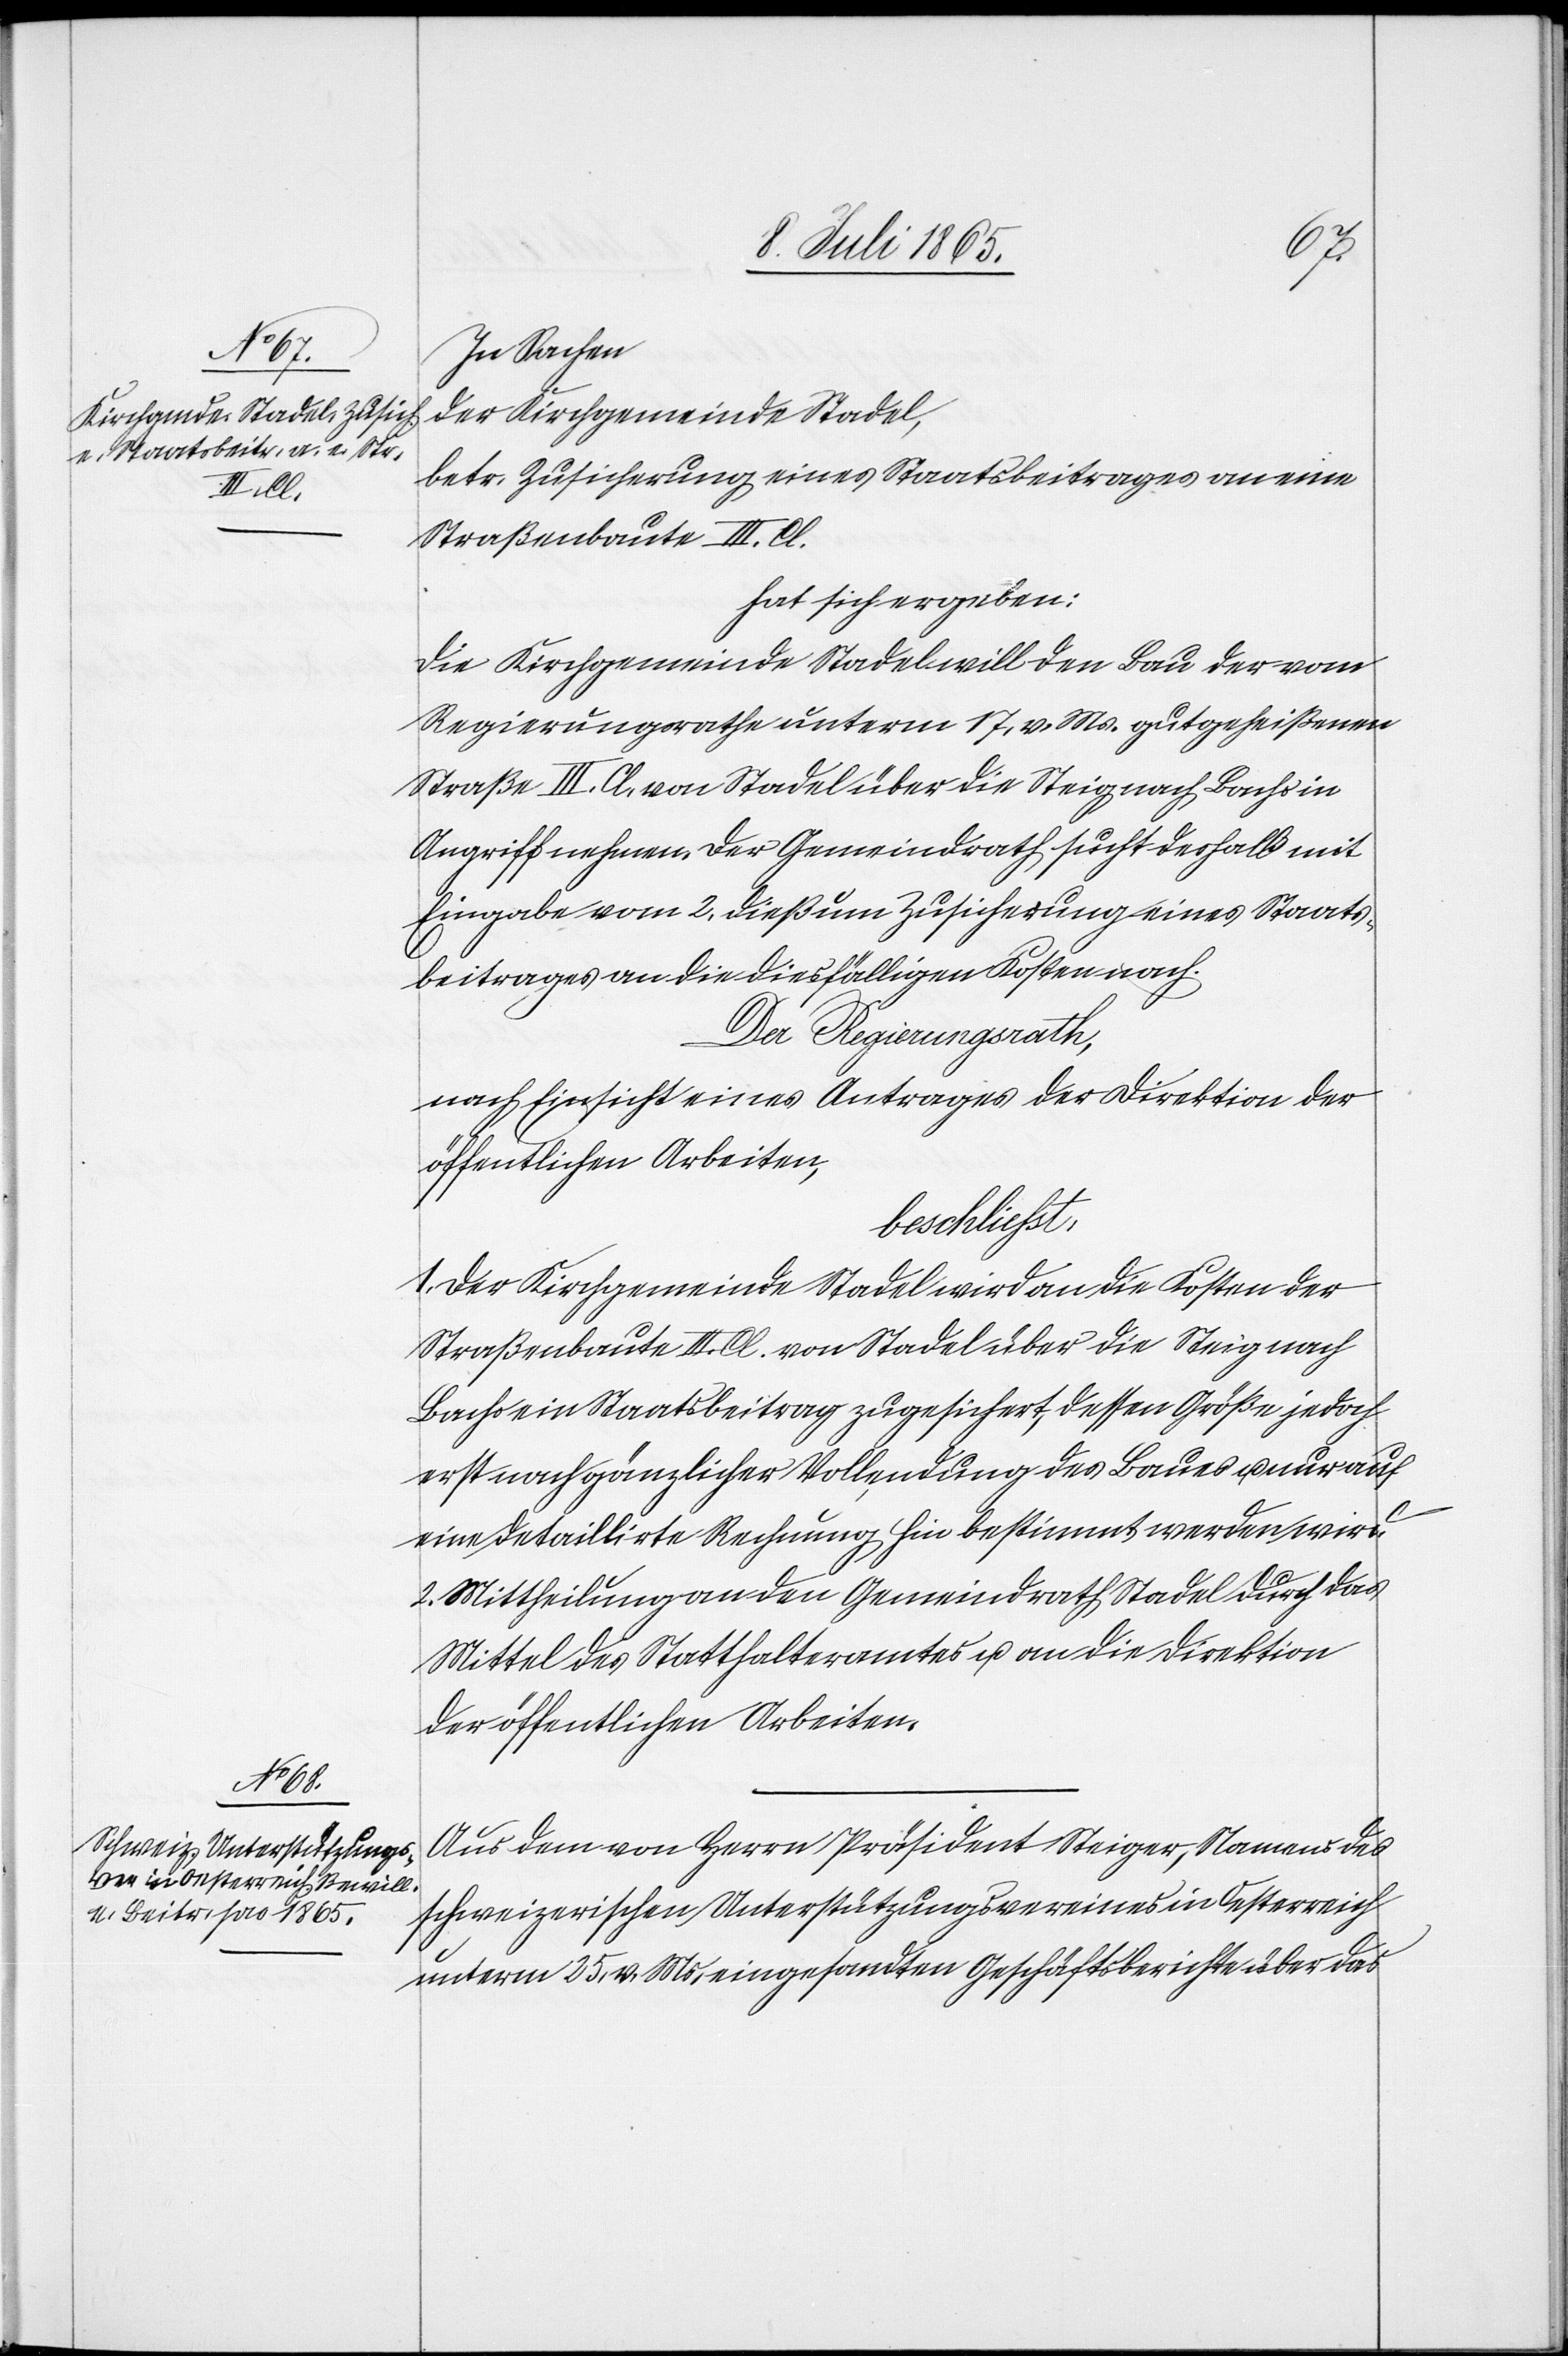
In Sachen
der Kirchgemeinde Stadel,
betr. Zusicherung eines Staatsbeitrages an eine
Straßenbaute III. Cl.
hat sich ergeben:
Die Kirchgemeinde Stadel will den Bau der vom
Regierungsrathe unterm 17. v. Ms. gutgeheißenen
Straße III. Cl. von Stadel über die Steig nach Bachs in
Angriff nehmen. Der Gemeindrath sucht deshalb mit
Eingabe vom 2. dieß um Zusicherung eines Staats¬
beitrages an die diesfälligen Kosten nach.
Der Regierungsrath,
nach Einsicht eines Antrages der Direktion der
öffentlichen Arbeiten,
beschliesst:
1. Der Kirchgemeinde Stadel wird an die Kosten der
Straßenbaute III. Cl. von Stadel über die Steig nach
Bachs ein Staatsbeitrag zugesichert, dessen Größe jedoch
erst nach gänzlicher Vollendung des Baues u. nur auf
eine detaillirte Rechnung hin bestimmt werden wird.
2. Mittheilung an den Gemeindrath Stadel durch das
Mittel des Statthalteramtes u. an die Direktion
der öffentlichen Arbeiten.
Aus dem von Herrn Präsident Steiger, Namens des
schweizerischen Unterstützungsvereines in Oesterreich
unterm 25. v. Ms. eingesandten Geschäftsberichte über das